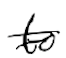
Text: to
Cross-out: double-line
Writing tool: digital_black